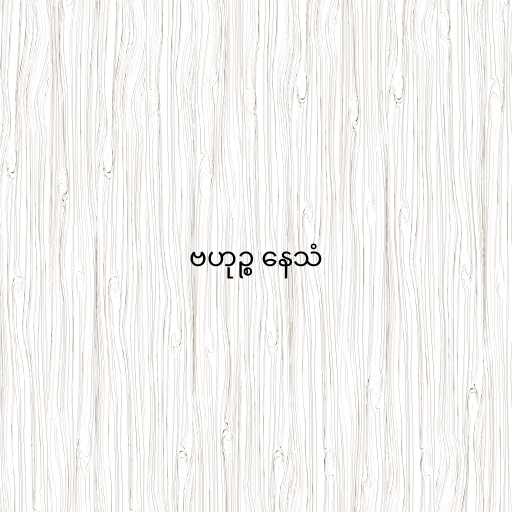
ဗဟုဉ္စ နေသံ